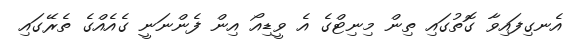
އެނގިފައިވާ ގޮތުގައި ތިން މިނިޓްގެ އެ ވީޑިއޯ އިން ފެންނަނީ ގެއެއްގެ ތެރޭގައި